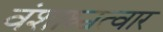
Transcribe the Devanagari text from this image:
वंशाश्चत्वार